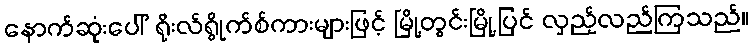
နောက်ဆုံးပေါ် ရိုးလ်ရွိုက်စ်ကားများဖြင့် မြို့တွင်းမြို့ပြင် လှည့်လည်ကြသည်။